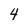
Character: 4